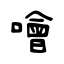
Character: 噲